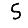
Digit: 5